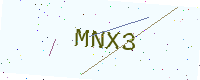
Text: MNX3